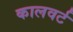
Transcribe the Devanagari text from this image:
कालवर्ट